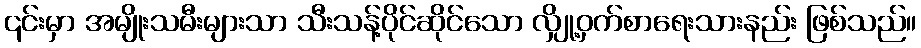
၎င်းမှာ အမျိုးသမီးများသာ သီးသန့်ပိုင်ဆိုင်သော လျှို့ဝှက်စာရေးသားနည်း ဖြစ်သည်။